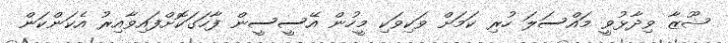
ޝޫޒާ ވިދާޅުވީ މައްސަލަ ހުރި ކަމަށް ވަކިވަކި މީހުން އޭސީސީން ފާހަގަކޮށްފައިވާއިރު އެކަންކަން